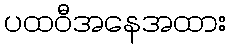
ပထဝီအနေအထား